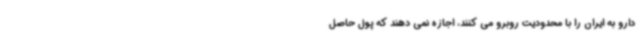
دارو به ایران را با محدودیت روبرو می کنند، اجازه نمی دهند که پول حاصل